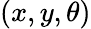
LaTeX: (x,y,\theta)